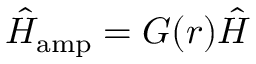
\hat { H } _ { \mathrm { a m p } } = G ( r ) \hat { H }